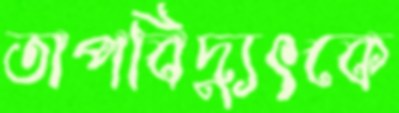
তাপবিদ্যুৎকে